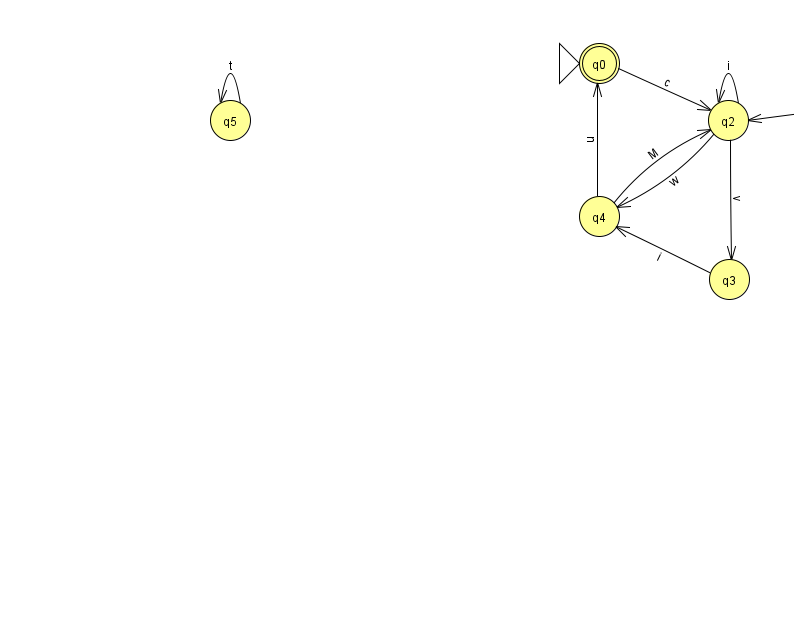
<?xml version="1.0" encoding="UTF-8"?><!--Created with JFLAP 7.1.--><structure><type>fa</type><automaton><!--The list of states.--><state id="0" name="q0"><x>599.0</x><y>50.0</y><initial/><final/></state><state id="1" name="q1"><x>885.0</x><y>88.0</y></state><state id="2" name="q2"><x>728.0</x><y>107.0</y></state><state id="3" name="q3"><x>729.0</x><y>266.0</y></state><state id="4" name="q4"><x>599.0</x><y>203.0</y></state><state id="5" name="q5"><x>230.0</x><y>107.0</y></state><!--The list of transitions.--><transition><from>1</from><to>2</to><read>E</read></transition><transition><from>5</from><to>5</to><read>t</read></transition><transition><from>2</from><to>4</to><read>w</read></transition><transition><from>2</from><to>3</to><read>v</read></transition><transition><from>0</from><to>2</to><read>c</read></transition><transition><from>2</from><to>2</to><read>i</read></transition><transition><from>3</from><to>4</to><read>i</read></transition><transition><from>4</from><to>0</to><read>u</read></transition><transition><from>4</from><to>2</to><read>M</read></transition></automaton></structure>